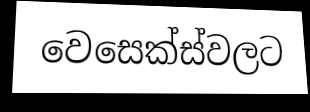
වෙසෙක්ස්වලට